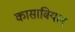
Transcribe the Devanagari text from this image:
कासाबियान